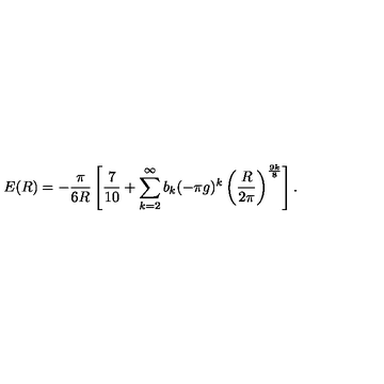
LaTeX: E ( R ) = - \frac { \pi } { 6 R } \left[ { \frac { 7 } { 1 0 } } + \sum _ { k = 2 } ^ { \infty } b _ { k } ( - \pi g ) ^ { k } \left( \frac { R } { 2 \pi } \right) ^ { \frac { 9 k } { 8 } } \right] .